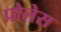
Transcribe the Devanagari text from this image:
प्रोलेस